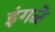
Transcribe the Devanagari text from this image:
इंगळॆ